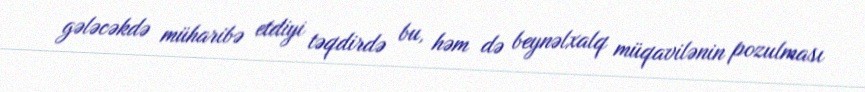
gələcəkdə müharibə etdiyi təqdirdə bu, həm də beynəlxalq müqavilənin pozulması